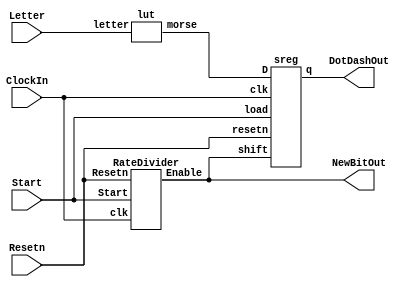
module part3(ClockIn, Resetn, Start, Letter,
        DotDashOut, NewBitOut);
    input ClockIn, Resetn, Start;
    input [2:0] Letter;
    output NewBitOut, DotDashOut;

    RateDivider rd0(.clk(ClockIn), .Enable(NewBitOut),
        .Resetn(Resetn), .Start(Start));

    wire [11-1:0] morse;
    lut l0(.letter(Letter), .morse(morse));

    sreg sr0(.clk(ClockIn), .shift(NewBitOut), .load(Start), .D(morse), .q(DotDashOut), .resetn(Resetn));
endmodule


module RateDivider(clk, Enable, Resetn, Start);
    parameter FREQdiv2 = 250;
    parameter MAXBITS = 8;
    parameter TOTAL_BITS = 11+1;

    reg [3:0] bits_to_send;
    input Start;

    input Resetn;

    input clk;
    reg [MAXBITS-1:0] count;

    output Enable;
    assign Enable = (count == 0) ? 1 : 0;
    
    reg [MAXBITS-1:0] count_max;

    initial begin
        count_max = FREQdiv2-1;
        count = count_max;
        bits_to_send = TOTAL_BITS;
    end


    always @(posedge clk, negedge Resetn)
    begin
        if (!Resetn) count <= count_max;
        else if (Start) 
        begin
            count <= count_max;
            bits_to_send <= TOTAL_BITS;
        end
        else if (bits_to_send == 0)
        begin
            count <= count_max;
        end
        else if (Enable) // count == 0.
        begin 
            count <= count_max;
            bits_to_send <= bits_to_send - 1;
        end 
        else count <= count - 1;
    end
endmodule




module lut(letter, morse);

    input [2:0] letter;
    output reg [11-1:0] morse;


    always @(*)
    begin
        case (letter)
            3'b000: morse = 11'b10111000000;
            3'b001: morse = 11'b11101010100;
            3'b010: morse = 11'b11101011101;
            3'b011: morse = 11'b11101010000;
            3'b100: morse = 11'b10000000000;
            3'b101: morse = 11'b10101110100;
            3'b110: morse = 11'b11101110100;
            3'b111: morse = 11'b10101010000;
        endcase
    end


endmodule


module sreg(clk, shift, load, D, q, resetn);
    parameter TOTAL_BITS = 11;

    input clk;
    input resetn;
    input shift, load;
    input [TOTAL_BITS-1:0] D; // Need 11 bits for morse code letters.
    output q;
    reg [TOTAL_BITS-1:0] morse;

    assign q = morse[TOTAL_BITS-1];


    always @(posedge clk, negedge resetn)
    begin
        if (!resetn) morse <= 0;
        else if (load) morse <= D;
        else if (shift) morse <= morse << 1;
        else morse <= morse;
    end



endmodule